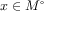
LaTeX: x \in M ^ { \circ }